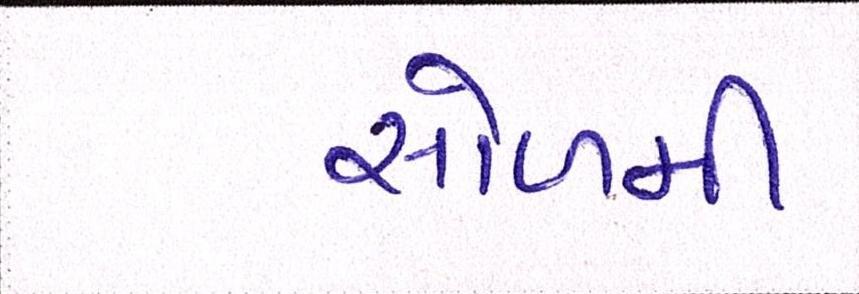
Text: સોળમી